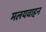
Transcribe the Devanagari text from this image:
मलयवाहन